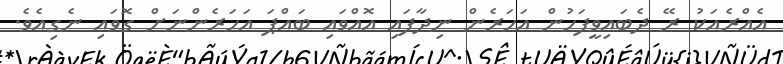
އެއްރެއަކު ރޭ ދެބައިވީފަހުން އަހަރެން ނިދާފައި އޮއްވައި ބައްޕަ އަހަރެންނަށް ގޮވައި ނެގިއެވެ.